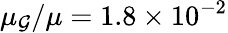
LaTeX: \mu_{\mathcal{G}}/\mu=1.8\times10^{-2}